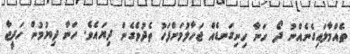
ތެއްމާލައިގެނެއްނު ދޯ ހަނާ ހިނިގަނޑެއް ޖަހާލުމަށްފަހު ތެދުވެގެން ދިޔައެވެ. ހަނާ ދިޔުމުން ހަދީޖާ